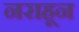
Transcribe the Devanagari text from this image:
नराहून